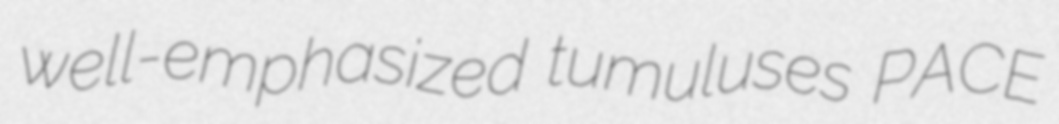
well-emphasized tumuluses PACE